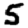
Digit: 5